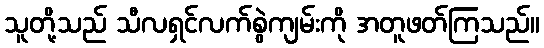
သူတို့သည် သီလရှင်လက်စွဲကျမ်းကို အတူဖတ်ကြသည်။